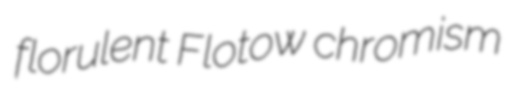
florulent Flotow chromism